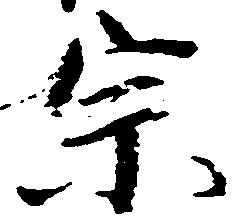
宗